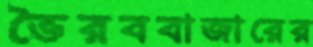
ভৈরববাজারের